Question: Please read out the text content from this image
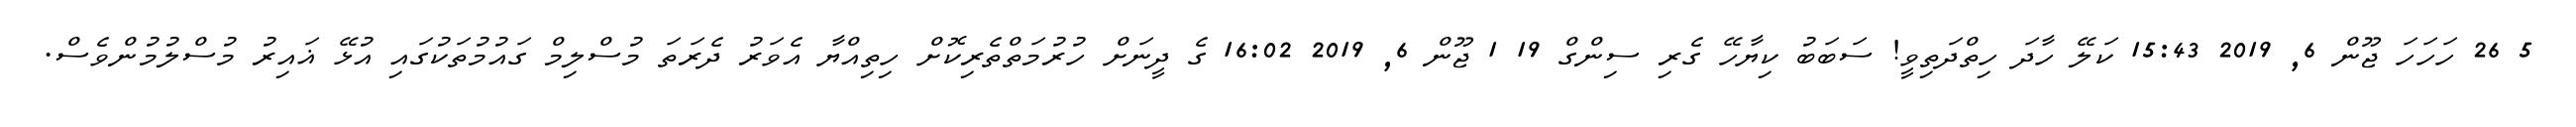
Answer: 5 26 ހަހަހަ ޖޫން 6, 2019 15:43 ކަލޭ ހާދަ ހިތްދަތިވީ! ސަބަބު ކިޔާހޭ ގެރި ސިންގް 19 1 ޖޫން 6, 2019 16:02 ގެ ދީނަށް ހުރުމަތްތެރިކޮށް ހިތިއްޔާ އެވަރު ދެރަތަ މުސްލިމް ގައުމުތަކުގައި އުޅޭ ޣައިރު މުސްލުމުންވެސް.